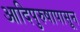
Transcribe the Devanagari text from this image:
आदिपुरुषापासून